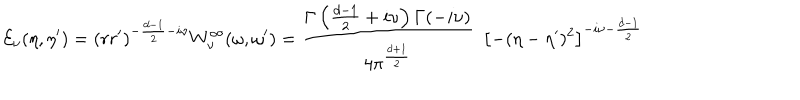
LaTeX: { \cal E } _ { \nu } ( \eta , \eta ^ { \prime } ) = ( r r ^ { \prime } ) ^ { - \frac { d - 1 } { 2 } - i \nu } { W } _ { \nu } ^ { \infty } ( { \omega } , { \omega } ^ { \prime } ) = \frac { \Gamma \left( \frac { d - 1 } { 2 } + i \nu \right) \Gamma ( - i \nu ) } { 4 \pi ^ { \frac { d + 1 } { 2 } } } \ \ \left[ - ( \eta - \eta ^ { \prime } ) ^ { 2 } \right] ^ { - i \nu - \frac { d - 1 } { 2 } }